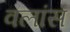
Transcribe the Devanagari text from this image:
वलांस